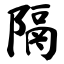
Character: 隔